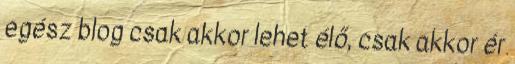
egész blog csak akkor lehet élő, csak akkor ér